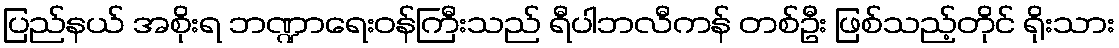
ပြည်နယ် အစိုးရ ဘဏ္ဍာရေးဝန်ကြီးသည် ရီပါဘလီကန် တစ်ဦး ဖြစ်သည့်တိုင် ရိုးသား